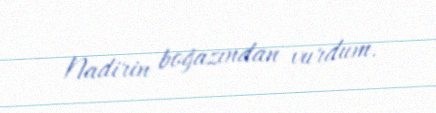
Nadirin boğazından vurdum.